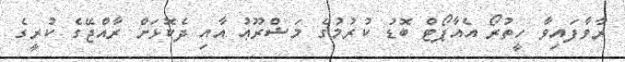
ރާވާފައިވާ ހީތުރޯ އެއާޕޯޓް ބޮޑު ކުރުމުގެ މަޝްރޫޢު އާއި ދެކޮޅަށް ރާއްޖޭގެ ކުރީގެ